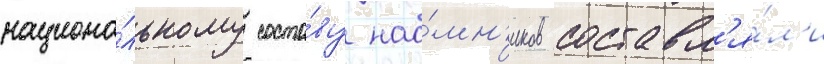
национа́льному соста́ву нао́мн'иков составл'я́л'и